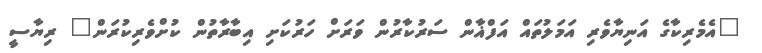
"އެމެރިކާގެ އަނިޔާވެރި އަމަލުތައް އަފްޣާން ސަރުކާރުން ވަރަށް ހަރުކަށި އިބާރާތުން ކުށްވެރިކުރަން" ރިޔާސީ